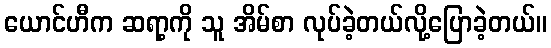
ယောင်ဟီက ဆရာ့ကို သူ အိမ်စာ လုပ်ခဲ့တယ်လို့ပြောခဲ့တယ်။